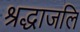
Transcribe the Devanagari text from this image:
श्रद्धाजलि